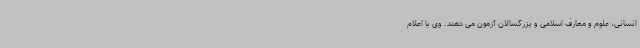
انسانی، علوم و معارف اسلامی و بزرگسالان آزمون می دهند. وی با اعلام